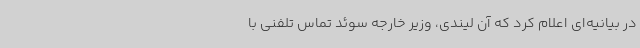
در بیانیه‌ای اعلام کرد که آن لیندی، وزیر خارجه سوئد تماس تلفنی با